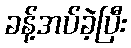
ခန့်အပ်ခဲ့ပြီး